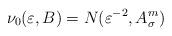
LaTeX: \begin{align*} \nu_0(\varepsilon,B)= N(\varepsilon^{-2},A^m_\sigma) \end{align*}